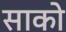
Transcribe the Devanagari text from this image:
साको